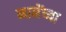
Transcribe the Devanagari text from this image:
मानेंच्या